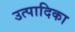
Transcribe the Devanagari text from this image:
उत्पादिका